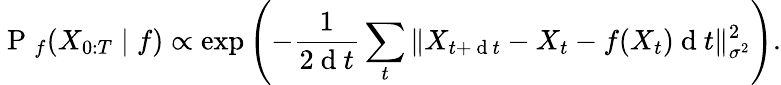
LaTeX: \mathrm{~P~}_{f}(X_{0:T}\mid f)\propto\exp\left(-\frac{1}{2\mathrm{~d~}t}\sum_{t}\| X_{t+\mathrm{~d~}t}-X_{t}-f(X_{t})\mathrm{~d~}t\| _{\sigma^{2}}^{2}\right).